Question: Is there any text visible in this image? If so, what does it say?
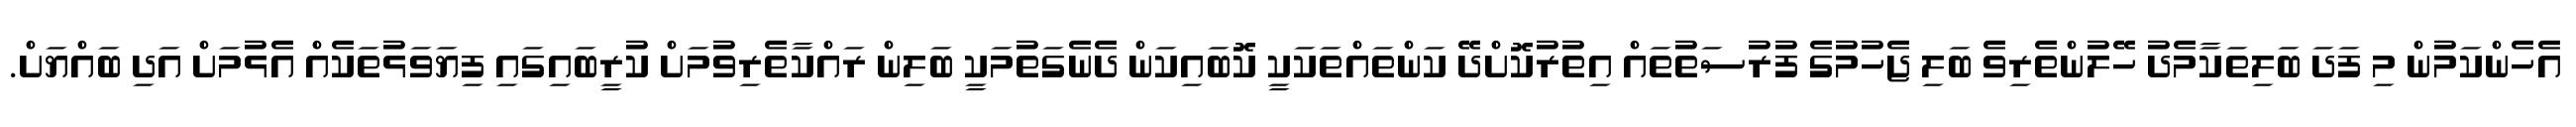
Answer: އެހެންކަމުން މި ފަދަ ބަލިތަކާމެދު ހޭލުންތެރިވެ ބަލި ޖެހުމުގެ ފުރުސަތުތައް އިތުރުކޮށްދޭ ކަންތައްތަކަކީ ކޮބައިކަން ދެނެގަތުމަކީ ބަލިން ރައްކާތެރިވުމަށް ކުރީބައިގައި ފިޔަވަޅުތަކެއް އެޅުމަށް އަދި ބައްޔަށް.